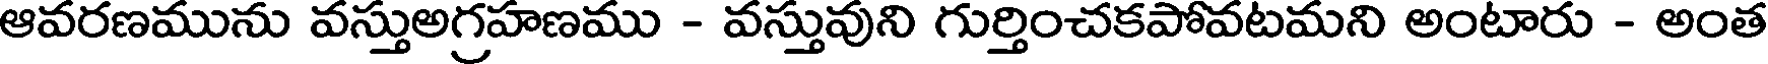
ఆవరణమును వస్తుఅగ్రహణము - వస్తువుని గుర్తించకపోవటమని అంటారు - అంత